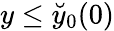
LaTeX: y\le\breve{y}_{0}(0)